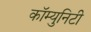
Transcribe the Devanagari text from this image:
कॉम्‍युनिटी